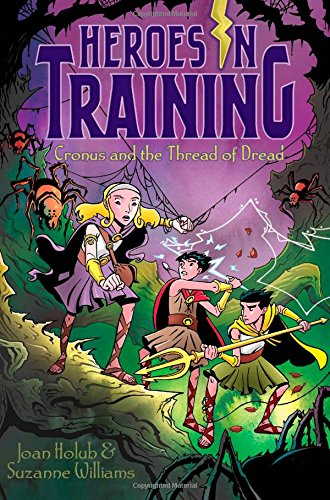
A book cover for Cronus and the Threads of Dread (Heroes in Training); Joan Holub; Children's Books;